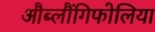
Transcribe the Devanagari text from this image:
औब्लौंगिफोलिया